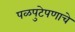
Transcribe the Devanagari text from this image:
पळपुटेपणाचे